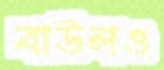
বাউলও